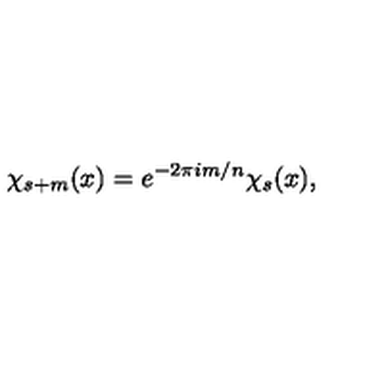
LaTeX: \chi _ { s + m } ( x ) = e ^ { - 2 \pi i m / n } \chi _ { s } ( x ) ,